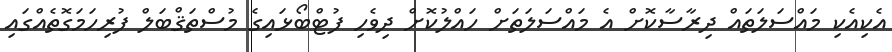
އެކިއެކި މައްސަލަތައް ދިރާސާކޮށް އެ މައްސަލަތަށް ހައްލުކޮށް ދިވެހި ފުޓްބޯޅައިގެ މުސްތަޤްބަލް ފުރިހަމަގޮތެއްގައި